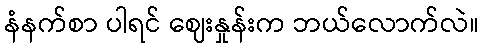
နံနက်စာ ပါရင် ဈေးနှုန်းက ဘယ်လောက်လဲ။